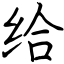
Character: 给